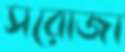
সরোজা